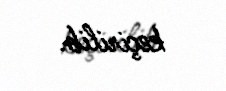
keçirilib.